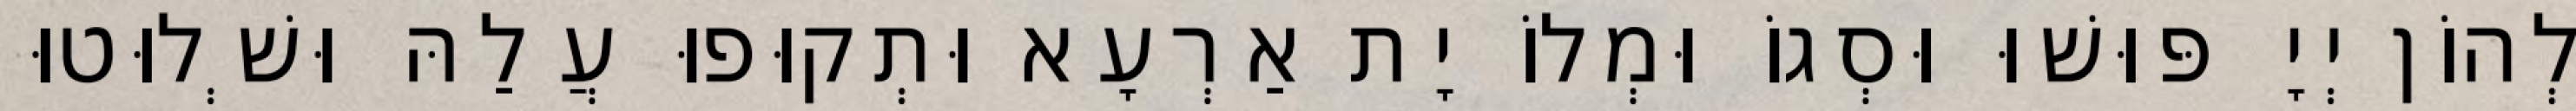
לְהוֹן יְיָ פּוּשׁוּ וּסְגוֹ וּמְלוֹ יָת אַרְעָא וּתְקוּפוּ עֲלַהּ וּשְׁלוּטוּ